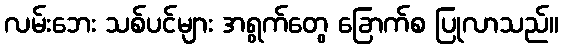
လမ်းဘေး သစ်ပင်များ အရွက်တွေ ခြောက်စ ပြုလာသည်။